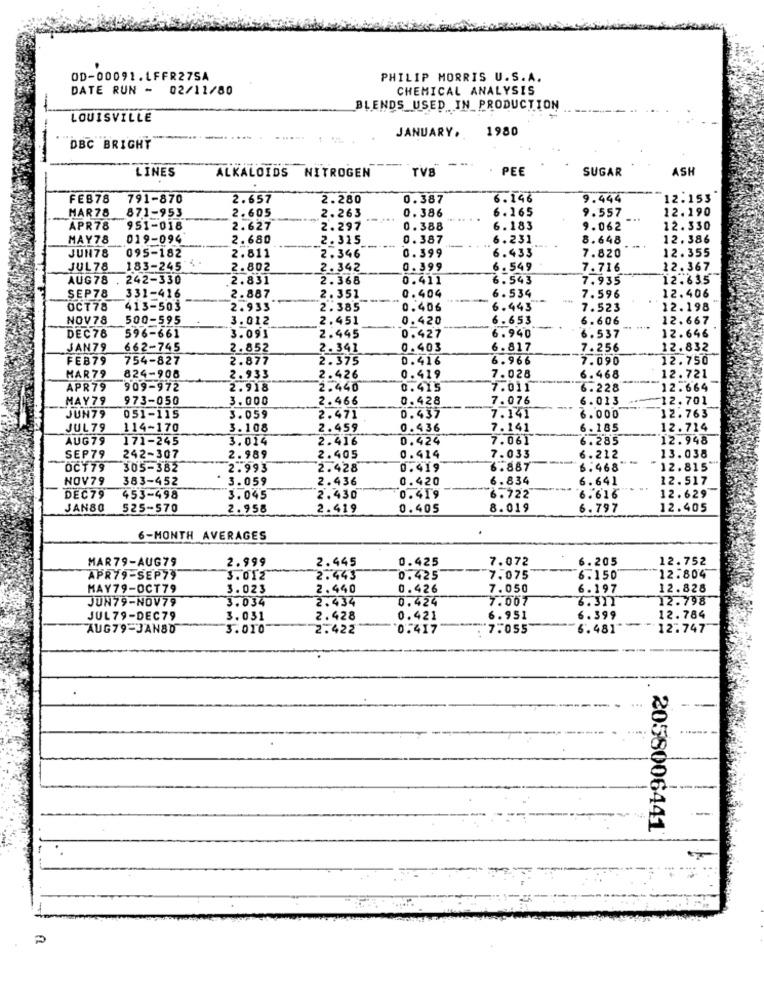
OD-00091.LFFR275A
PHILIP MORRIS U.S.A.
DATE RUN - 02/11/80
CHEMICAL ANALYSIS
BLENDS USED IN PRODUCTION
LOUISVILLE
JANUARY, 1980
DBC BRIGHT
NITROGEN
PE
SUGAR
ASH
LINES
ALKALOIDS
FEB78
791-870
2.657
2.280
0.387
6.146
9.444
2.153
HAR78
871-953
2.263
0.386
6.165
9.557
12.190
2.605
APR78
951-018
2.627
2.297
0.388
6.183
9.062
12.330
MAY78
019-094
2.680
2.315
0.387
6.231
6.648
12. 386
0.399
12.355
JUN78
095-182
2.811
2.346
6.433
7.820
JUL78
183-245
2.802
2.342
0.399
. 549
7.716
12.367
AUG 78
242-330
2.831
2.368
0.411
6. 543
7.935
12.635
0.404
6. 534
SEP78
331-416
2.887
2.351
7.596
12.406
OCT78
413-503
2.933
2.385
0.406
6.443
7.523
12.198
NOV78
500-595
3.012
2.451
0.420
6- 653
6.606
12.667
3.093
DEC78
596-661
2.445
0.427
6.940
6.537
12.646
JAN79
662-745
2.852
2. 341
0.403
6.817
7.256
12.832
FEB79
754-827
2.877
2.375
0.416
6.966
7.090
12.750
HAR79
824-908
2.933
2.426
0.419
7.028
6.468
12.721
APR79
909-972
2.918
2.440
0.415
7.011
6.228
12.664
MAY79
973-050
3.000
2.466
0.428
7.076
6.013
12.701
6.000
JUN79
051-115
3.059
2.471
0.437
7.141
12.763
JUL79
114-170
3.108
2.459
0.436
7.141
6.185
12.714
AUG79
171-245
3.014
2.416
0.424
7.061
6.285
12.948
SEP79
242-307
2.989
2.405
0.414
7.033
6.212
13.038
OCT79
305-382
2.993
2.428
0.419
6.887
6.968
12.815""
NOV79
383-452
3.059
2.436
0.420
6.834
6.641
12.517
DEC79
453-498
3.045
2.430
0.419
6.722
6.616
12.629
JANSO
525-570
2.958
2.419
0.405
8.019
6.797
12.405
6-MONTH AVERAGES
MAR79-AUG79
2.999
2.445
0.425
7.072
6.205
12.752
APR79-SEP79
3.012
2.443
0.425
7.075
6.150
12.804
MAY79-OCT79
3.023
2.440
0.426
7.050
6.197
12.828
JUN79-NOV79
3.034
2.434
0.424
7.007
3.31
12.798
JUL79-DEC79
3.031
2.428
0.421
6.951
6.399
12.784
AUG79-JAN8D
3.010
2.422
0.417
7.055
6.481
12.747
...
2058006441